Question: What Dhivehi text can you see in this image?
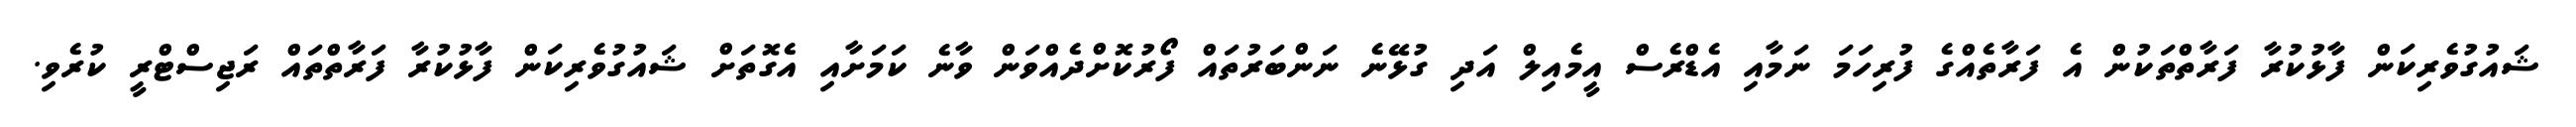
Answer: ޝައުގުވެރިކަން ފާޅުކުރާ ފަރާތްތަކުން އެ ފަރާތެއްގެ ފުރިހަމަ ނަމާއި އެޑްރެސް އީމެއިލް އަދި ގުޅޭނެ ނަންބަރުތައް ފޯރުކޮށްދެއްވަން ވާނެ ކަމަށާއި އެގޮތަށް ޝައުގުވެރިކަން ފާޅުކުރާ ފަރާތްތައް ރަޖިސްޓްރީ ކުރެވި.